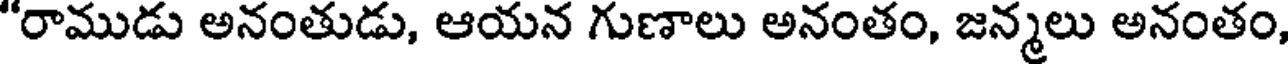
"రాముడు అనంతుడు, ఆయన గుణాలు అనంతం, జన్మలు అనంతం,